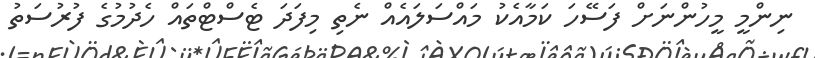
ނިންމީ މީހުންނަށް ފަސޭހަ ކަމާއެކު މައްސަލައެއް ނެތި މިފަދަ ޓެސްޓްތައް ހެދުމުގެ ފުރުސަތު